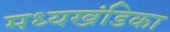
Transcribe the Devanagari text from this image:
मध्यखंडिका